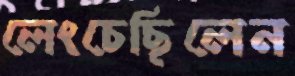
লেংচেছিলেন